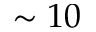
\sim 1 0